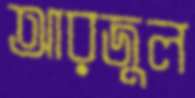
আরজুল